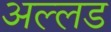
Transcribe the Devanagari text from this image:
अल्लड